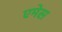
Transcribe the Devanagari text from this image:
एमेस